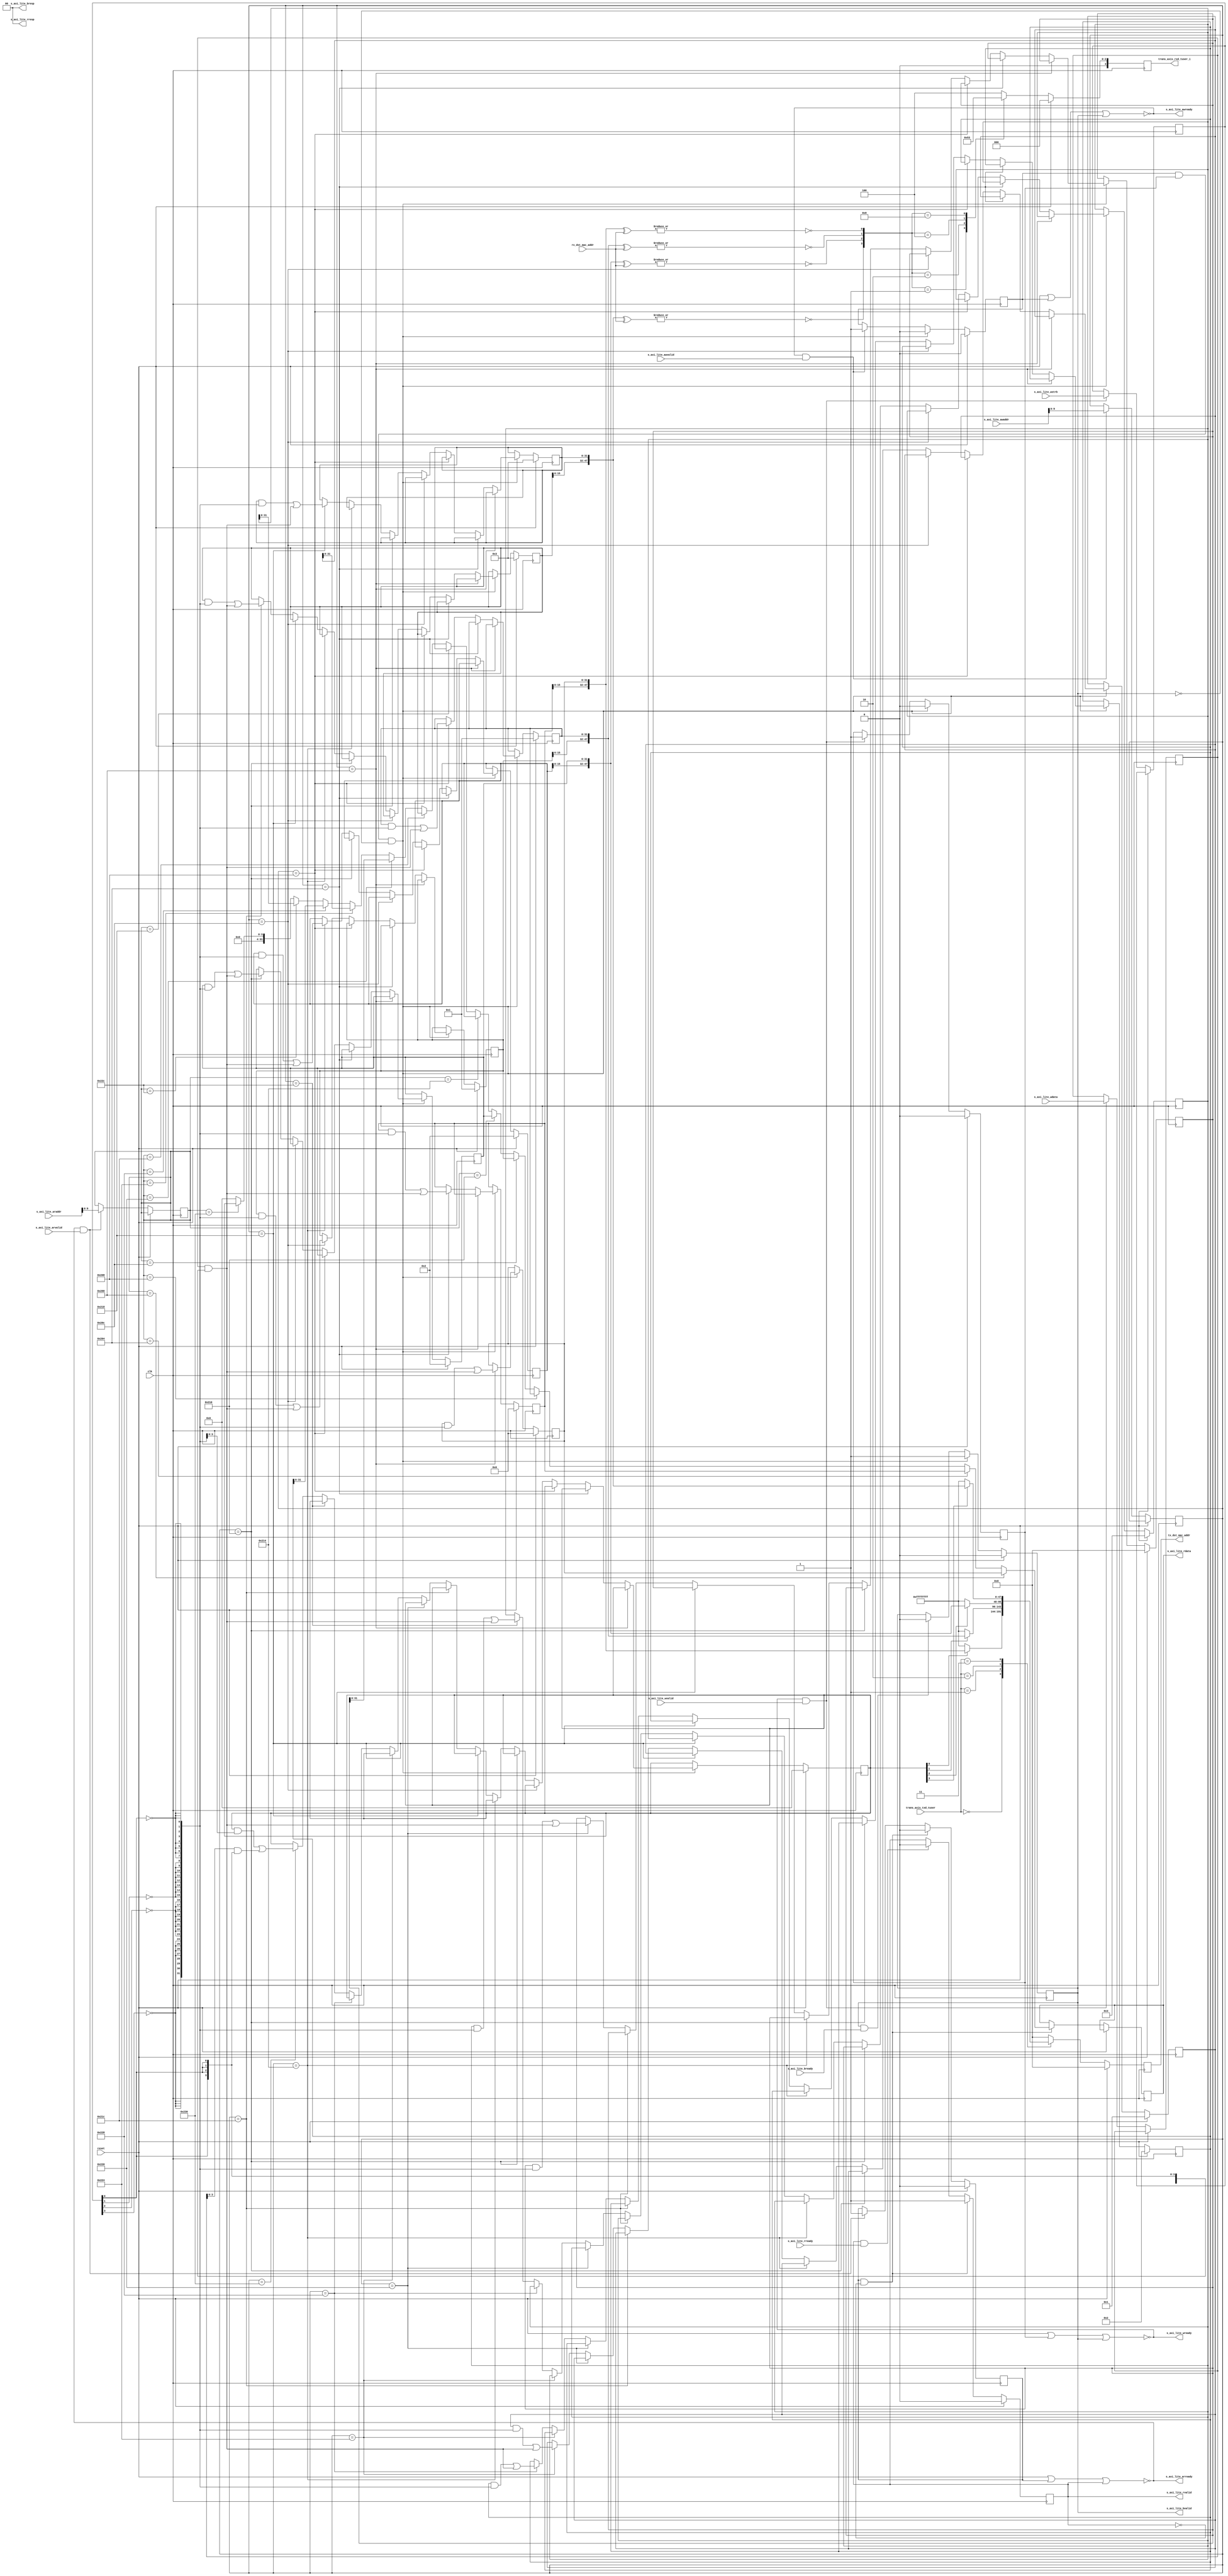
/* =====================================================================
* DoCE Transport Layer Wrapper
*
* Version: v0.0.1
*=======================================================================
*/

`timescale 1ns / 1ps

module mac_id_table
(
    input                    reset,
    input                    clk,
    
	input  [3:0]             trans_axis_txd_tuser,
    output reg [47:0]        tx_dst_mac_addr,

    input  [47:0]            rx_dst_mac_addr,
    output reg [3:0]         trans_axis_rxd_tuser_i,

    input  [31:0]            s_axi_lite_awaddr,
    input                    s_axi_lite_awvalid,
    output                   s_axi_lite_awready,
    
    input  [31:0]            s_axi_lite_araddr,
    input                    s_axi_lite_arvalid,
    output                   s_axi_lite_arready,
    
    input  [31:0]            s_axi_lite_wdata,
    input  [3:0]             s_axi_lite_wstrb,
    input                    s_axi_lite_wvalid,
    output                   s_axi_lite_wready,
    
    output reg [31:0]        s_axi_lite_rdata,
    output [1:0]             s_axi_lite_rresp,
    output reg               s_axi_lite_rvalid,
    input                    s_axi_lite_rready,
    
    output [1:0]             s_axi_lite_bresp,
    output reg               s_axi_lite_bvalid,
    input                    s_axi_lite_bready
);


reg [31:0]	mac_0_low		= 32'd0;
reg [31:0]	mac_0_high		= 32'd0;
reg [31:0]	mac_1_low		= 32'd0;
reg [31:0]	mac_1_high		= 32'd0;
reg [31:0]	mac_2_low		= 32'd0;
reg [31:0]	mac_2_high		= 32'd0;
reg [31:0]	mac_3_low		= 32'd0;
reg [31:0]	mac_3_high		= 32'd0;

reg [47:0]	ip_0			= 32'd0;
reg [47:0]	ip_1			= 32'd0;
reg [47:0]	ip_2			= 32'd0;
reg [47:0]	ip_3			= 32'd0;
reg [3:0]	mac_valid		= 4'd0;

reg 		aw_valid 		= 1'b0;
reg 		ar_valid 		= 1'b0;
reg 		w_valid 		= 1'b0;

assign   s_axi_lite_awready    = ~(reset | aw_valid | s_axi_lite_bvalid);
assign   s_axi_lite_arready    = ~(reset | ar_valid | s_axi_lite_rvalid);
assign   s_axi_lite_wready     = ~(reset | w_valid | s_axi_lite_bvalid);
assign   s_axi_lite_bresp      = 2'd0;
assign   s_axi_lite_rresp      = 2'd0;

reg  [9:0]    aw_addr       = 10'd0;
reg  [9:0]    ar_addr       = 10'd0;
reg  [31:0]   w_data        = 32'd0;
reg  [3:0]    w_strb        = 4'd0;

always @(posedge clk)
begin
    if (reset)
    begin
        aw_valid            <= 1'b0;
        ar_valid            <= 1'b0;
        w_valid             <= 1'b0;

        s_axi_lite_rvalid   <= 1'b0;
        s_axi_lite_bvalid   <= 1'b0;
        
        mac_0_low       	<= 32'd0;
        mac_0_high       	<= 32'd0;
        mac_1_low       	<= 32'd1;
        mac_1_high       	<= 32'd1;
        mac_2_low       	<= 32'd2;
        mac_2_high       	<= 32'd2;
        mac_3_low       	<= 32'd3;
        mac_3_high       	<= 32'd3;
		
        ip_0       			<= 32'd0;
        ip_1       			<= 32'd1;
		ip_2       			<= 32'd2;
		ip_3       			<= 32'd3;	

		mac_valid			<= 4'd0;
		
    end
    else
    begin
        if (s_axi_lite_awready & s_axi_lite_awvalid)
        begin
            aw_addr            <= s_axi_lite_awaddr[9:0];
            aw_valid           <= 1'b1;
        end

        if (s_axi_lite_arready & s_axi_lite_arvalid)
        begin
            ar_addr            <= s_axi_lite_araddr[9:0];
            ar_valid           <= 1'b1;
        end

        if (s_axi_lite_wready & s_axi_lite_wvalid)
        begin
            w_data             <= s_axi_lite_wdata;
            w_strb             <= s_axi_lite_wstrb;
            w_valid            <= 1'b1;
        end
      
      
        if (s_axi_lite_bvalid & s_axi_lite_bready)
            s_axi_lite_bvalid  <= 1'b0;


        if (aw_valid & w_valid & (~s_axi_lite_bvalid))
        begin
            aw_valid           <= 1'b0;
            w_valid            <= 1'b0;
            s_axi_lite_bvalid  <= 1'b1;
            
            if (aw_addr == 10'h200)
                mac_0_low    <= (mac_0_low & {{8{~w_strb[3]}},{8{~w_strb[2]}},{8{~w_strb[1]}},{8{~w_strb[0]}}}) | (w_data & {{8{w_strb[3]}},{8{w_strb[2]}},{8{w_strb[1]}},{8{w_strb[0]}}});
            else if (aw_addr == 10'h204)
                mac_0_high    <= (mac_0_high & {{8{~w_strb[3]}},{8{~w_strb[2]}},{8{~w_strb[1]}},{8{~w_strb[0]}}}) | (w_data & {{8{w_strb[3]}},{8{w_strb[2]}},{8{w_strb[1]}},{8{w_strb[0]}}});
            else if (aw_addr == 10'h208)
                mac_1_low    <= (mac_1_low & {{8{~w_strb[3]}},{8{~w_strb[2]}},{8{~w_strb[1]}},{8{~w_strb[0]}}}) | (w_data & {{8{w_strb[3]}},{8{w_strb[2]}},{8{w_strb[1]}},{8{w_strb[0]}}});
			else if (aw_addr == 10'h20C)
                mac_1_high    <= (mac_1_high & {{8{~w_strb[3]}},{8{~w_strb[2]}},{8{~w_strb[1]}},{8{~w_strb[0]}}}) | (w_data & {{8{w_strb[3]}},{8{w_strb[2]}},{8{w_strb[1]}},{8{w_strb[0]}}});
			else if (aw_addr == 10'h210)
                mac_2_low    <= (mac_2_low & {{8{~w_strb[3]}},{8{~w_strb[2]}},{8{~w_strb[1]}},{8{~w_strb[0]}}}) | (w_data & {{8{w_strb[3]}},{8{w_strb[2]}},{8{w_strb[1]}},{8{w_strb[0]}}});
			else if (aw_addr == 10'h214)
                mac_2_high    <= (mac_2_high & {{8{~w_strb[3]}},{8{~w_strb[2]}},{8{~w_strb[1]}},{8{~w_strb[0]}}}) | (w_data & {{8{w_strb[3]}},{8{w_strb[2]}},{8{w_strb[1]}},{8{w_strb[0]}}});
			else if (aw_addr == 10'h218)
                mac_3_low    <= (mac_3_low & {{8{~w_strb[3]}},{8{~w_strb[2]}},{8{~w_strb[1]}},{8{~w_strb[0]}}}) | (w_data & {{8{w_strb[3]}},{8{w_strb[2]}},{8{w_strb[1]}},{8{w_strb[0]}}});
			else if (aw_addr == 10'h21C)
                mac_3_high    <= (mac_3_high & {{8{~w_strb[3]}},{8{~w_strb[2]}},{8{~w_strb[1]}},{8{~w_strb[0]}}}) | (w_data & {{8{w_strb[3]}},{8{w_strb[2]}},{8{w_strb[1]}},{8{w_strb[0]}}});
				
			else if (aw_addr == 10'h220)
                ip_0    <= (ip_0 & {{8{~w_strb[3]}},{8{~w_strb[2]}},{8{~w_strb[1]}},{8{~w_strb[0]}}}) | (w_data & {{8{w_strb[3]}},{8{w_strb[2]}},{8{w_strb[1]}},{8{w_strb[0]}}});
			else if (aw_addr == 10'h224)
                ip_1    <= (ip_1 & {{8{~w_strb[3]}},{8{~w_strb[2]}},{8{~w_strb[1]}},{8{~w_strb[0]}}}) | (w_data & {{8{w_strb[3]}},{8{w_strb[2]}},{8{w_strb[1]}},{8{w_strb[0]}}});
			else if (aw_addr == 10'h228)
                ip_2    <= (ip_2 & {{8{~w_strb[3]}},{8{~w_strb[2]}},{8{~w_strb[1]}},{8{~w_strb[0]}}}) | (w_data & {{8{w_strb[3]}},{8{w_strb[2]}},{8{w_strb[1]}},{8{w_strb[0]}}});
			else if (aw_addr == 10'h22C)
                ip_3    <= (ip_3 & {{8{~w_strb[3]}},{8{~w_strb[2]}},{8{~w_strb[1]}},{8{~w_strb[0]}}}) | (w_data & {{8{w_strb[3]}},{8{w_strb[2]}},{8{w_strb[1]}},{8{w_strb[0]}}});				

            else if (aw_addr == 10'h230)
                mac_valid        <= (mac_valid & {4{~w_strb[0]}}) | (w_data[3:0] & {4{w_strb[0]}});
		end

        if (s_axi_lite_rvalid & s_axi_lite_rready)
            s_axi_lite_rvalid    <= 1'b0;
         
        if (ar_valid & (~s_axi_lite_rvalid))
        begin
            ar_valid             <= 1'b0;
            s_axi_lite_rvalid    <= 1'b1;
			
            if (ar_addr == 10'h200)
                s_axi_lite_rdata   <= mac_0_low;
            else if (ar_addr == 10'h204)
                s_axi_lite_rdata   <= mac_0_high;
            else if (ar_addr == 10'h208)
                s_axi_lite_rdata   <= mac_1_low;
            else if (ar_addr == 10'h20C)
                s_axi_lite_rdata   <= mac_1_high;
            else if (ar_addr == 10'h210)
                s_axi_lite_rdata   <= mac_2_low;
            else if (ar_addr == 10'h214)
                s_axi_lite_rdata   <= mac_2_high;                    
            else if (ar_addr == 10'h218)
                s_axi_lite_rdata   <= mac_3_low;
            else if (ar_addr == 10'h21C)
                s_axi_lite_rdata   <= mac_3_high;
				
            else if (ar_addr == 10'h220)
                s_axi_lite_rdata   <= ip_0;
            else if (ar_addr == 10'h224)
                s_axi_lite_rdata   <= ip_1;  
            else if (ar_addr == 10'h228)
                s_axi_lite_rdata   <= ip_2;
            else if (ar_addr == 10'h22C)
                s_axi_lite_rdata   <= ip_3; 
				
            else if (ar_addr == 10'h230)
                s_axi_lite_rdata   <= {{28{1'b0}}, mac_valid}; 
				
            else
               s_axi_lite_rdata     <= 32'b0;        
        end
        
    end
end

always @(posedge clk)
begin
    if (reset)
    begin
        tx_dst_mac_addr <= 48'd0;
    end
    else
    begin
		case(trans_axis_txd_tuser)
		4'd0:	tx_dst_mac_addr <= mac_valid[0] ? ({mac_0_high[15:0], mac_0_low}) : 48'hffffffff;
		4'd1:	tx_dst_mac_addr <= mac_valid[1] ? ({mac_1_high[15:0], mac_1_low}) : 48'hffffffff;
		4'd2:	tx_dst_mac_addr <= mac_valid[2] ? ({mac_2_high[15:0], mac_2_low}) : 48'hffffffff;
		4'd3:	tx_dst_mac_addr <= mac_valid[3] ? ({mac_3_high[15:0], mac_3_low}) : 48'hffffffff;
		default: tx_dst_mac_addr <= 48'd0;
		endcase
    end
end 

wire [3:0]             trans_axis_rxd_tuser;

assign trans_axis_rxd_tuser[0] = ~|({mac_0_high[15:0], mac_0_low} ^ rx_dst_mac_addr);
assign trans_axis_rxd_tuser[1] = ~|({mac_1_high[15:0], mac_1_low} ^ rx_dst_mac_addr);
assign trans_axis_rxd_tuser[2] = ~|({mac_2_high[15:0], mac_2_low} ^ rx_dst_mac_addr);
assign trans_axis_rxd_tuser[3] = ~|({mac_3_high[15:0], mac_3_low} ^ rx_dst_mac_addr);

always @(posedge clk)
begin
    if (reset)
    begin
        trans_axis_rxd_tuser_i <= 4'd0;
    end
    else
    begin
		case(trans_axis_rxd_tuser)
		4'd1:	trans_axis_rxd_tuser_i <= 4'd0;
		4'd2:	trans_axis_rxd_tuser_i <= 4'd1;
		4'd4:	trans_axis_rxd_tuser_i <= 4'd2;
		4'd8:	trans_axis_rxd_tuser_i <= 4'd3;
		default: trans_axis_rxd_tuser_i <= 4'd4;
		endcase
    end
end 

endmodule